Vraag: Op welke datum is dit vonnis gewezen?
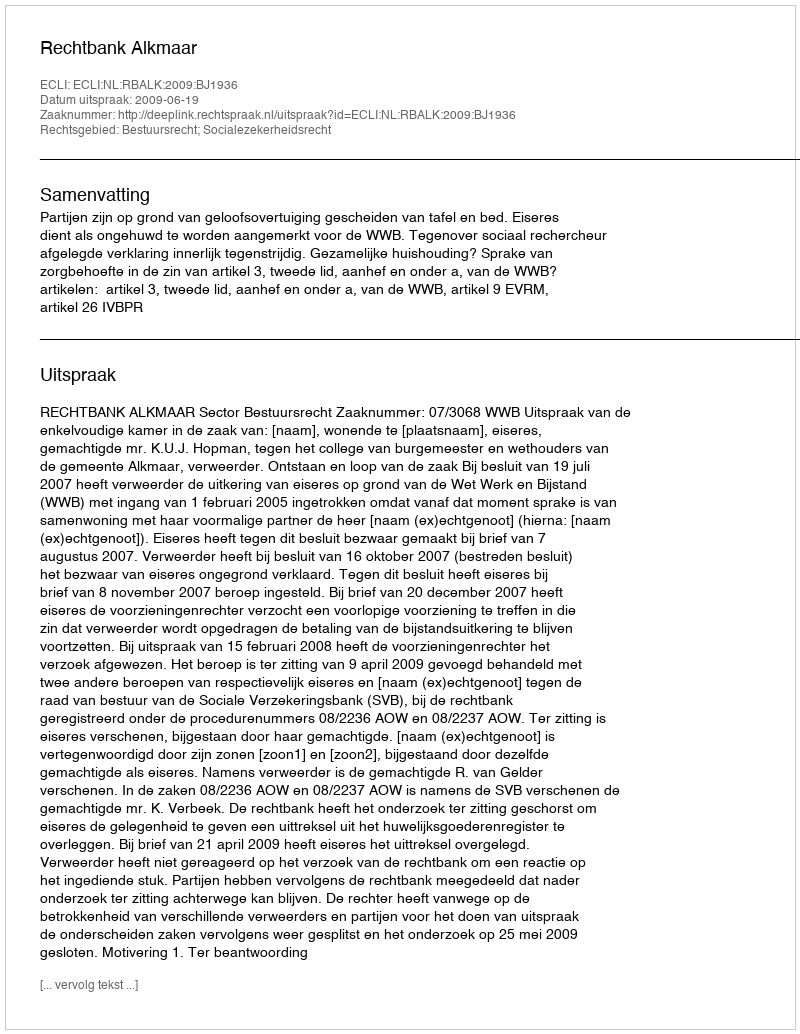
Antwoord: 2009-06-19